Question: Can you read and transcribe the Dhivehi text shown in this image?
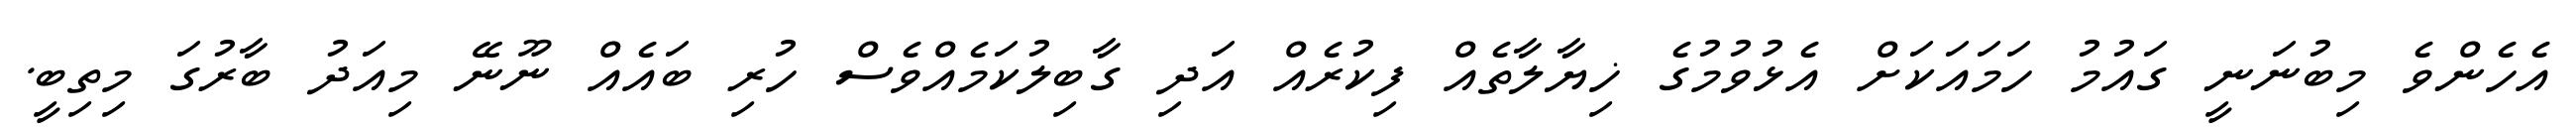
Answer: އެހެންވެ މިބުނަނީ ގައުމު ހަމައަކަށް އެޅުވުމުގެ ޚިޔާލާތެއް ފިކުރެއް އަދި ގާބިލުކަމެއްވެސް ހުރި ބައެއް ނޫނޭ މިއަދު ބާރުގަ މިތިބީ.